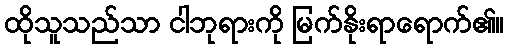
ထိုသူသည်သာ ငါဘုရားကို မြက်နိုးရာရောက်၏။